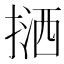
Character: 𢱛